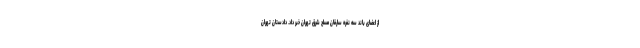
از اعضای باند سه نفره سارقان مسلح شرق تهران خبر داد. دادستان تهران